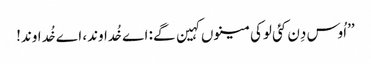
’’اُوس دِن کئی لوکی مینوں کہین گے: اے خُداوند، اے خُداوند!